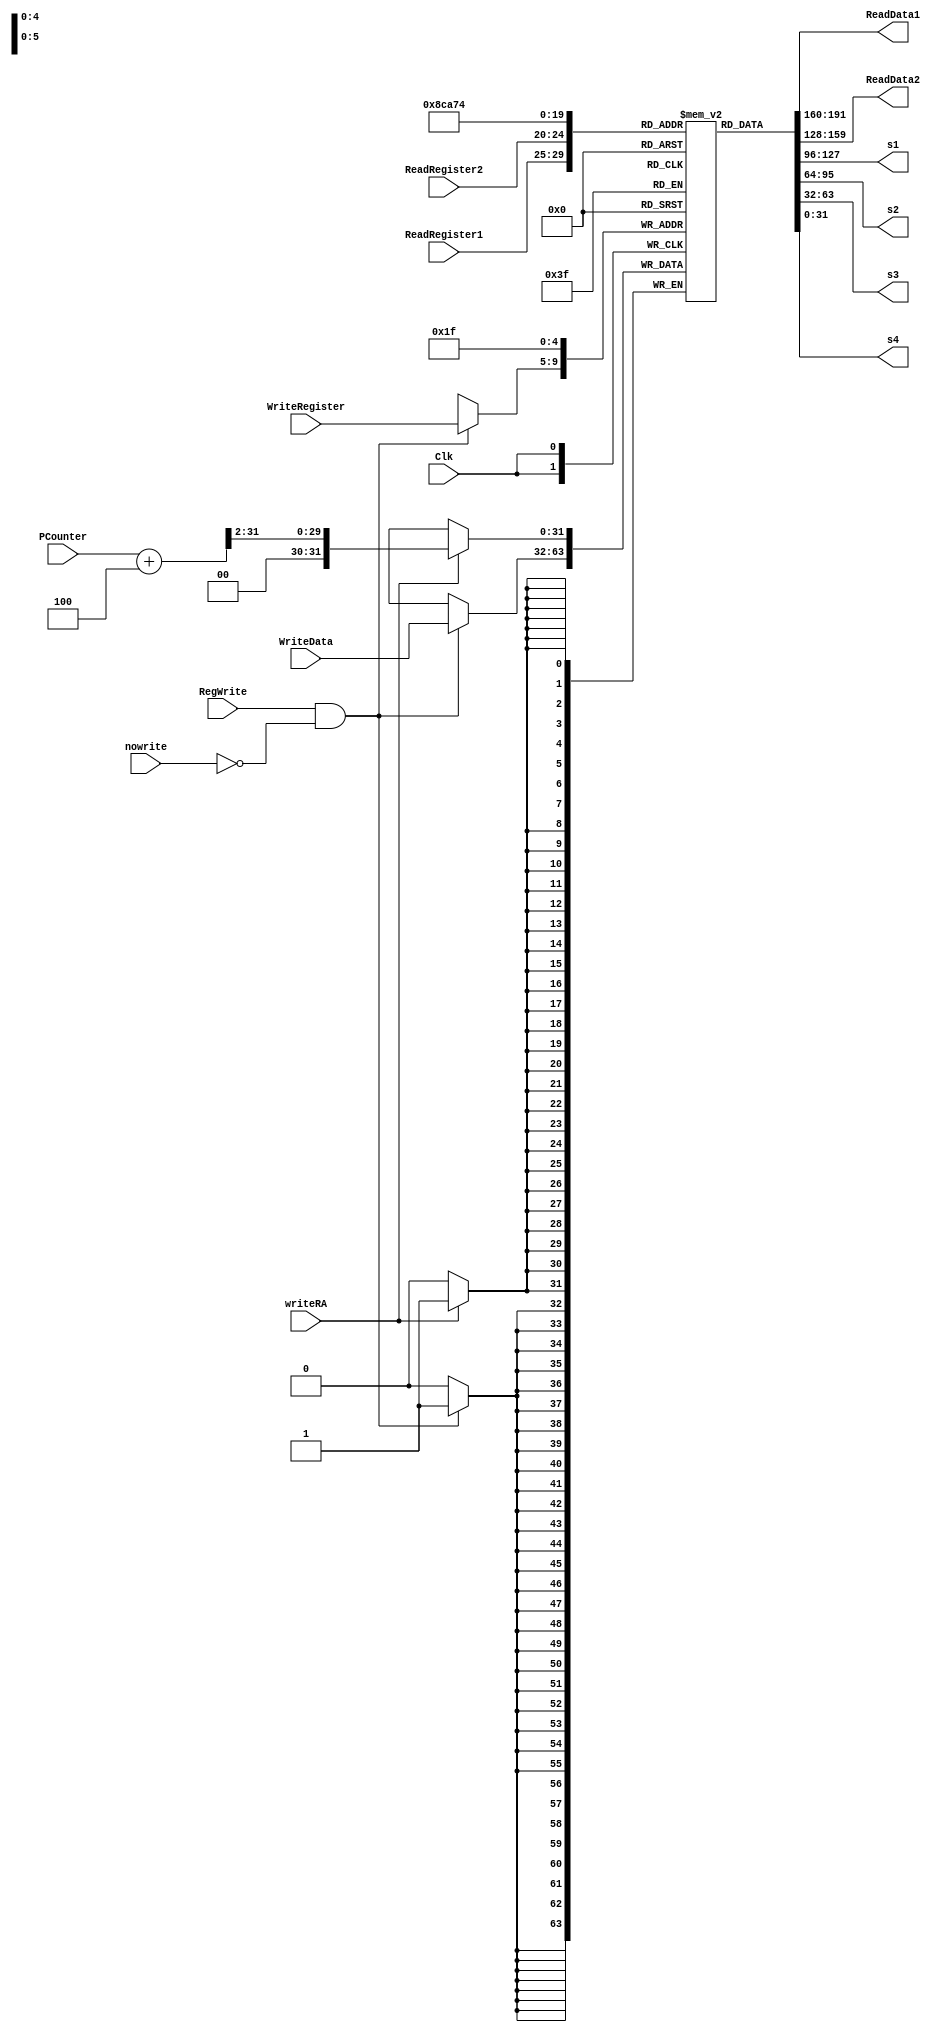
`timescale 1ns / 1ps

////////////////////////////////////////////////////////////////////////////////
// ECE369 - Computer Architecture
// 
//
//
// Student(s) Name and Last Name: Nicholas Wohlleb & Olivial Morell
//
//
// Module - register_file.v
// Description - Implements a register file with 32 32-Bit wide registers.
//
// 
// INPUTS:-
// ReadRegister1: 5-Bit address to select a register to be read through 32-Bit 
//                output por`t 'ReadRegister1'.
// ReadRegister2: 5-Bit address to select a register to be read through 32-Bit 
//                output port 'ReadRegister2'.
// WriteRegister: 5-Bit address to select a register to be written through 32-Bit
//                input port 'WriteRegister'.
// WriteData: 32-Bit write input port.
// RegWrite: 1-Bit control input signal.
//
// OUTPUTS:-
// ReadData1: 32-Bit registered output. 
// ReadData2: 32-Bit registered output. 
//
// FUNCTIONALITY:-
// 'ReadRegister1' and 'ReadRegister2' are two 5-bit addresses to read two 
// registers simultaneously. The two 32-bit data sets are available on ports 
// 'ReadData1' and 'ReadData2', respectively. 'ReadData1' and 'ReadData2' are 
// registered outputs (output of register file is written into these registers 
// at the falling edge of the clock). You can view it as if outputs of registers
// specified by ReadRegister1 and ReadRegister2 are written into output 
// registers ReadData1 and ReadData2 at the falling edge of the clock. 
//
// 'RegWrite' signal is high during the rising edge of the clock if the input 
// data is to be written into the register file. The contents of the register 
// specified by address 'WriteRegister' in the register file are modified at the 
// rising edge of the clock if 'RegWrite' signal is high. The D-flip flops in 
// the register file are positive-edge (rising-edge) triggered. (You have to use 
// this information to generate the write-clock properly.) 
//
// NOTE:-
// We will design the register file such that the contents of registers do not 
// change for a pre-specified time before the falling edge of the clock arrives 
// to allow for data multiplexing and setup time.
////////////////////////////////////////////////////////////////////////////////

//    RegisterFile ResiterFile_1(Instruction[25:21], Instruction[20:16], regdstout, hilowriteout, regwrite, nowrite, Clk, readdata1, readdata2, writeRA, pccounter);
module RegisterFile(ReadRegister1, ReadRegister2, WriteRegister, WriteData, RegWrite, nowrite, Clk, ReadData1, ReadData2, s1, s2, s3, s4, writeRA, PCounter);

	/* Please fill in the implementation here... */
	input [4:0] ReadRegister1, ReadRegister2, WriteRegister;
    input [31:0] WriteData, PCounter;
    input RegWrite, Clk, nowrite, writeRA;
    
    reg [31:0] register [0:31];
    
    integer i = 0;
    
    output [31:0] s1, s2, s3, s4;	
    output [31:0] ReadData1, ReadData2;
    
    initial begin
        
         for(i=0; i < 32; i=i+1)
                register[i] = 0;
         
    end
    
   assign ReadData1 = register[ReadRegister1];
   assign ReadData2 = register[ReadRegister2]; 
    

   
   always@( negedge Clk) begin
   
        /*if(Clk)begin
            register[0] = 0;
        end*/
   
            if(writeRA == 1)
               register[31] <= (PCounter + 4) >> 2; //+1 may not be the right amount to store in RA
            if(RegWrite == 1 && nowrite != 1)
               register[WriteRegister] <= WriteData;
           
       end
       
       
   
   
       assign s1 = register[17];
       assign s2 = register[18];
       assign s3 = register[19];
       assign s4 = register[20];
   
    

endmodule